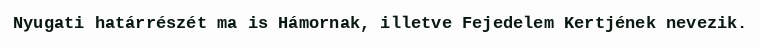
Nyugati határrészét ma is Hámornak, illetve Fejedelem Kertjének nevezik.